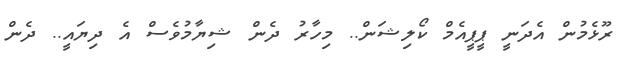
ރޫޅެމުން އެދަނީ ޕީޕީއެމް ކޯލިޝަން.. މިހާރު ދެން ޝިޔާމުވެސް އެ ދިޔައީ.. ދެން